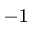
^ { - 1 }